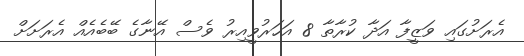
އެރަށުގައި ވަޒީފާ އަދާ ކުރާތާ 8 އަހަރުވީއިރު ވެސް އޭނާގެ ބޭބެއެއް އެރަށަށް